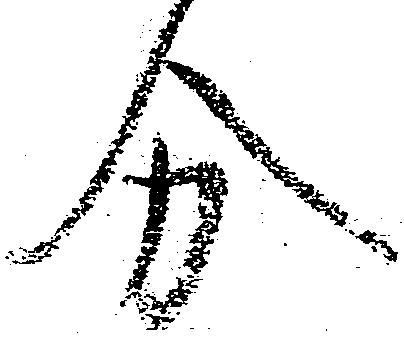
分